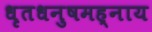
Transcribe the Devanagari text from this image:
धृतधनुषमह्नाय